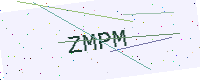
Text: ZMPM